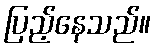
ပြည့်နေသည်။